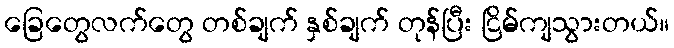
ခြေတွေလက်တွေ တစ်ချက် နှစ်ချက် တုန်ပြီး ငြိမ်ကျသွားတယ်။